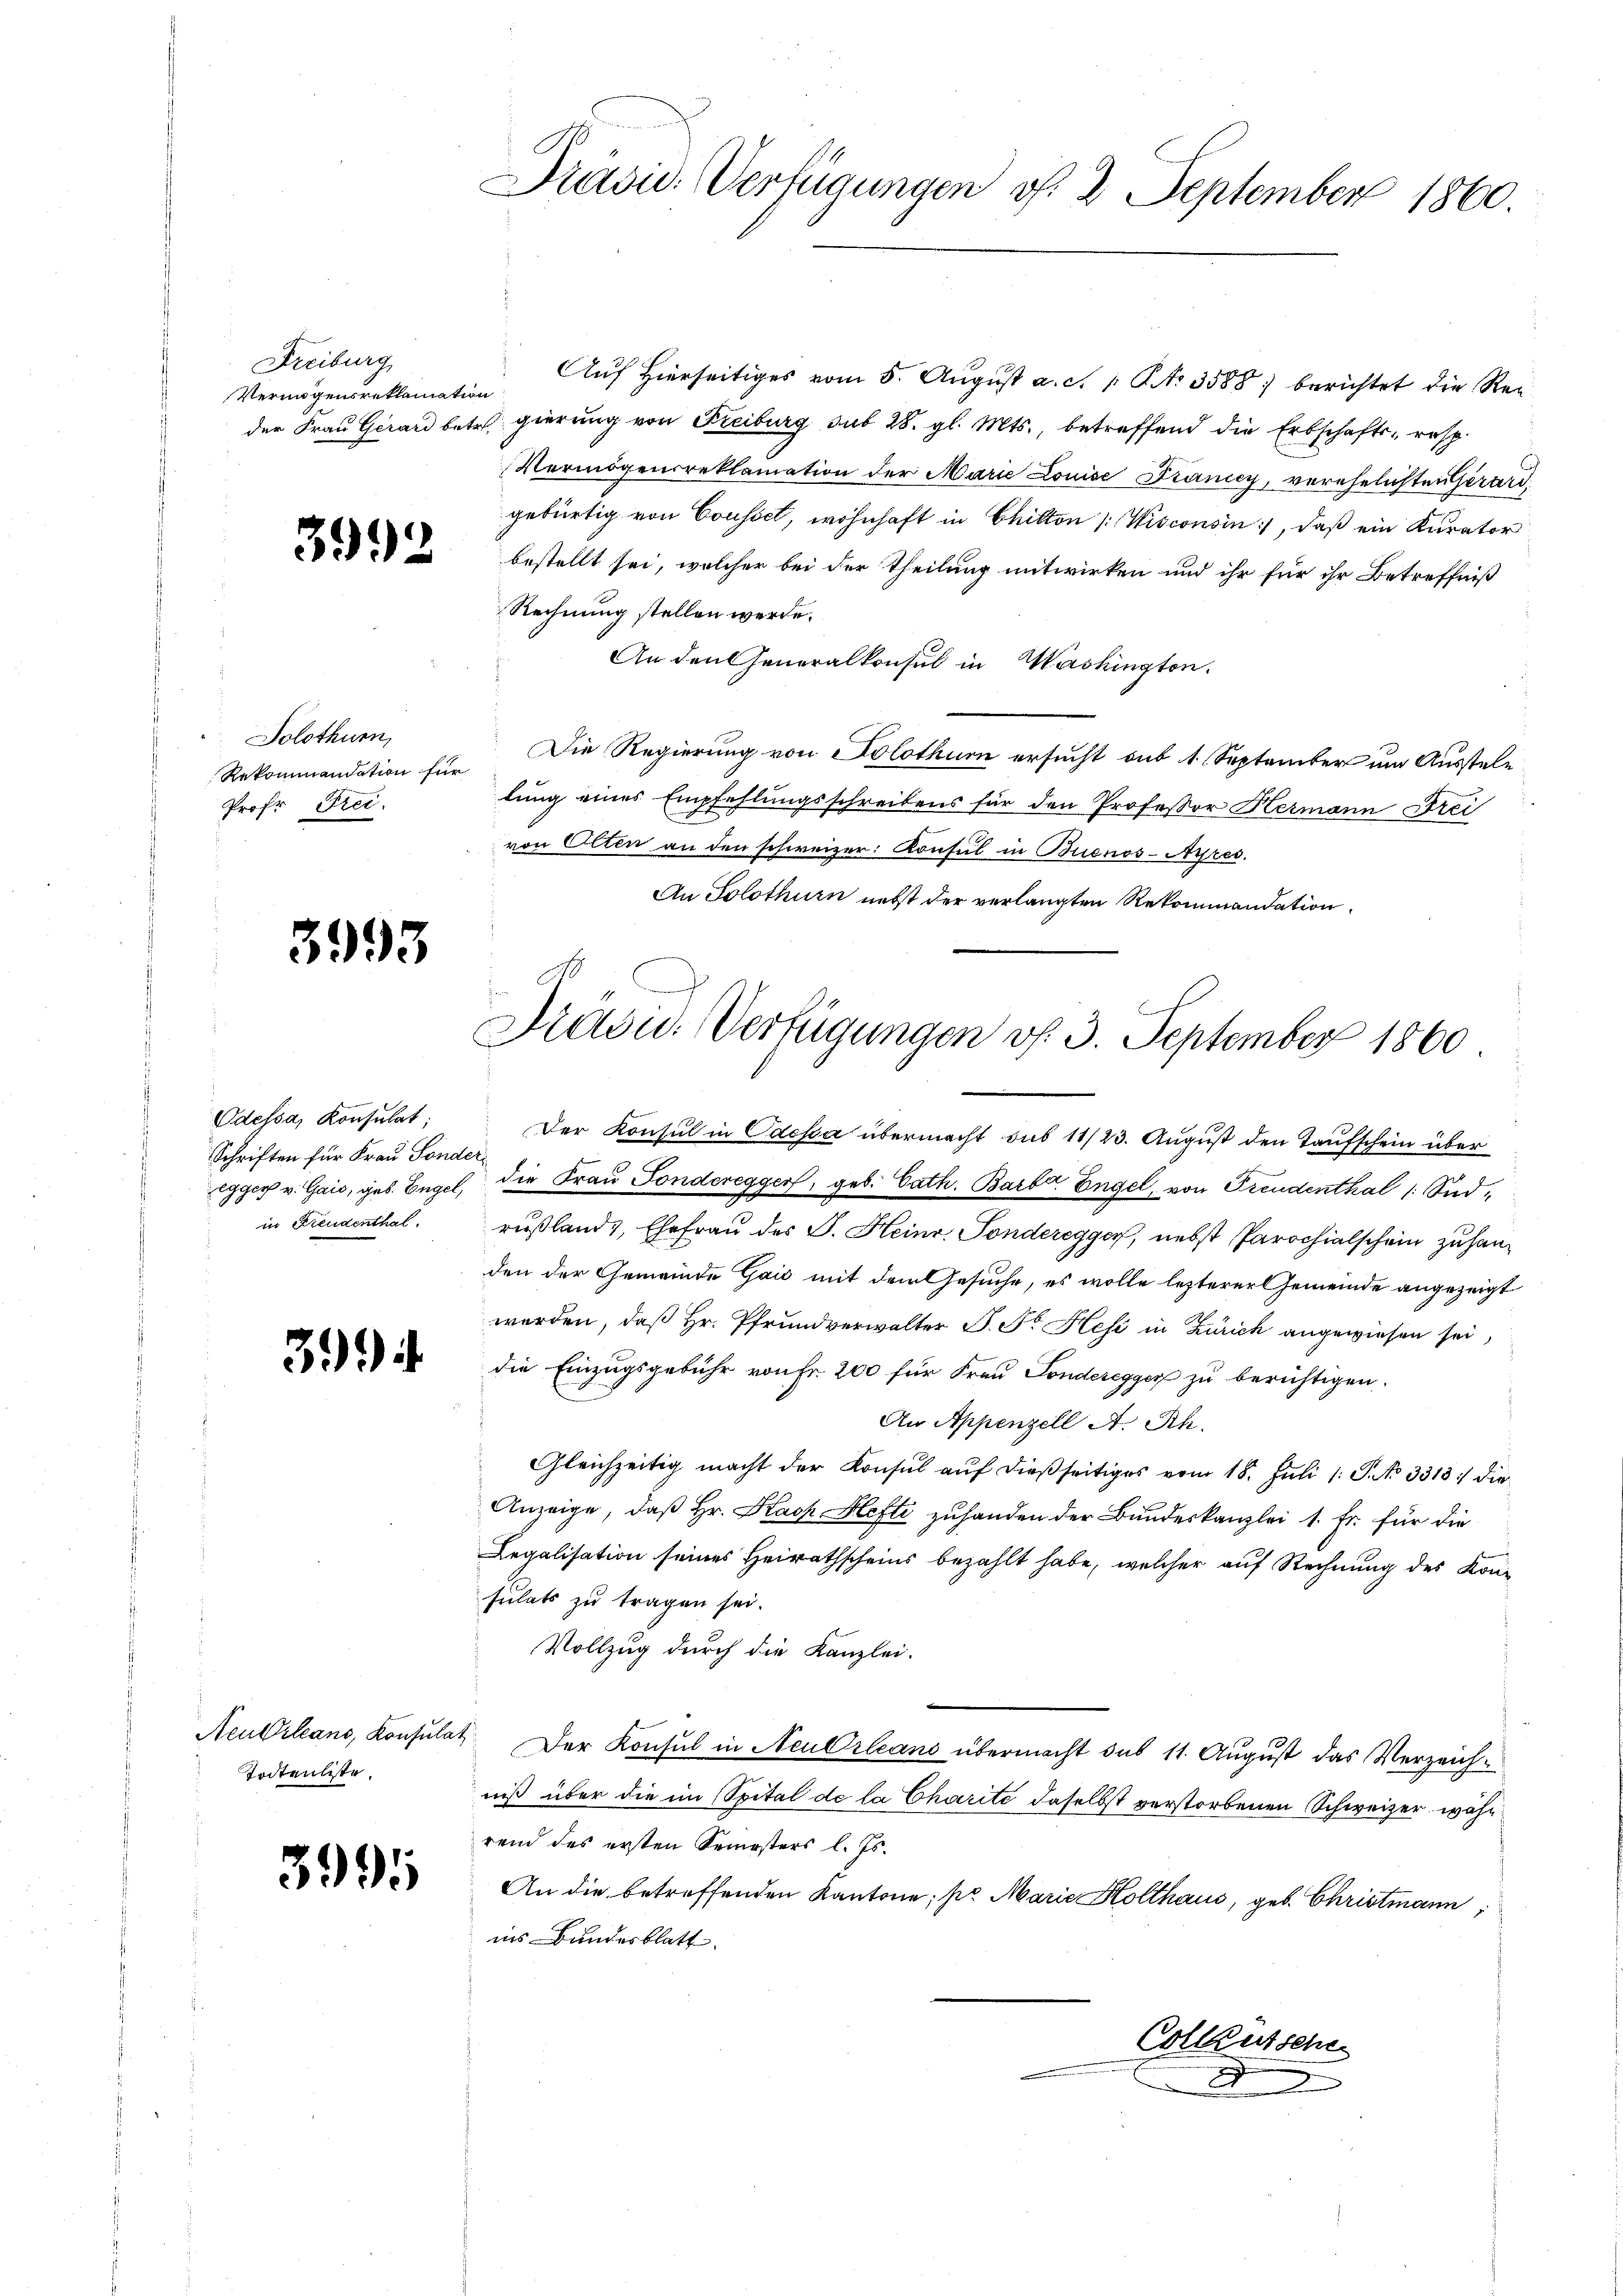
Freiburg
Vermögensreklamation

3992

Solothurn,
Prof. Frei.

3993

Odessa, Konsulat;
Schriften für Frau Sonder
in Freudenthal.

39

Todtenliste.

3995

Auf Hierseitiges vom 5. August a. c. 1 S. 3588) berichtet die Reder Frau Girard betr. gierung von Freiburg sub 28. gl. Mts., betreffend die Erbschafts- resp.
Vermögensreklamation der Marie Louise Dränicy, verehelichten Gerard,
gebürtig von Cousset, wohnhaft in Chiton (Wisconsin, daß ein Kurator
bestellt sei, welcher bei der Theilung mitwirken und ihr für ihr Betreffniß
Rechnung stellen werde.
An den Generalkonsul in Washington.
Rekommandation für Die Regierung von Solothurn ersucht sub 1. September um Ausstele
lung eines Empfehlungsschreibens für den Professor Hermann Frei
von Otten an den schweizer: Konsul in Buenos-Ayres.
An Solothurn nebst der verlangten Rekommandation

Präsid. Verfügungen v. 2. September 1860.

¬
d
Previd. Verfügungen v. 3. September 1860

2

Der Konsul in Odesca übermacht sub 11/23. August den Taufschein über
gger v. Gais, geb. Engel, die Frau Sonderegger, geb. Cath. Barber Engel, von Freudenthal (Sidrußland, Ehefrau des J. Heinr. Sonderegger, nebst Parochialschein zu handen der Gemeinde Gaić mit dem Gesuche, es wolle lezterer Gemeinde angezeigt
werden, daß Hr. Pfrundverwalter P. Fr. Hesi in Zürich angewiesen sei,
die Einzugsgebühr von Fr. 200 für Frau Sonderegger zu berichtigen.
An Appenzell A. Rh.
Gleichzeitig macht der Konsul auf dießseitiges vom 18. Juli 1 S. No 3313. die
Anzeige, daß Hr. Kach Hefti zuhanden der Bundeskanzlei 1. Fr. für die
Legalisation seines Heirathscheins bezahlt habe, welcher auf Rechnung des Konsulats zu tragen sei.
Vollzug durch die Kanzlei.
Neukrleans, Konsulat Der Konsul in Neu Orleans übermacht sub 11. August das Verzeichniß über die im Spital de la Charité daselbst verstorbenen Schweizer, währ
rend des ersten Semesters l. Js.
An die betreffenden Kantone; pr. Marie Holthaus, geb. Christmann,
ins Bundesblatt
Colletsche